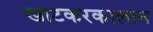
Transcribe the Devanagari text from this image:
खाटकरकालान